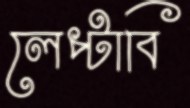
লেপ্‌টাবি